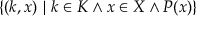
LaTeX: \{ ( k , x ) \ | \ k \in K \wedge x \in X \wedge P ( x ) \}